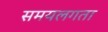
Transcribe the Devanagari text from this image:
समयलगता